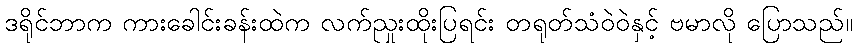
ဒရိုင်ဘာက ကားခေါင်းခန်းထဲက လက်ညှုးထိုးပြရင်း တရုတ်သံဝဲဝဲနှင့် ဗမာလို ပြောသည်။